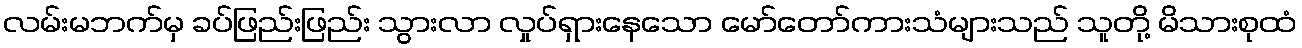
လမ်းမဘက်မှ ခပ်ဖြည်းဖြည်း သွားလာ လှုပ်ရှားနေသော မော်တော်ကားသံများသည် သူတို့ မိသားစုထံ